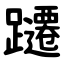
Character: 躚